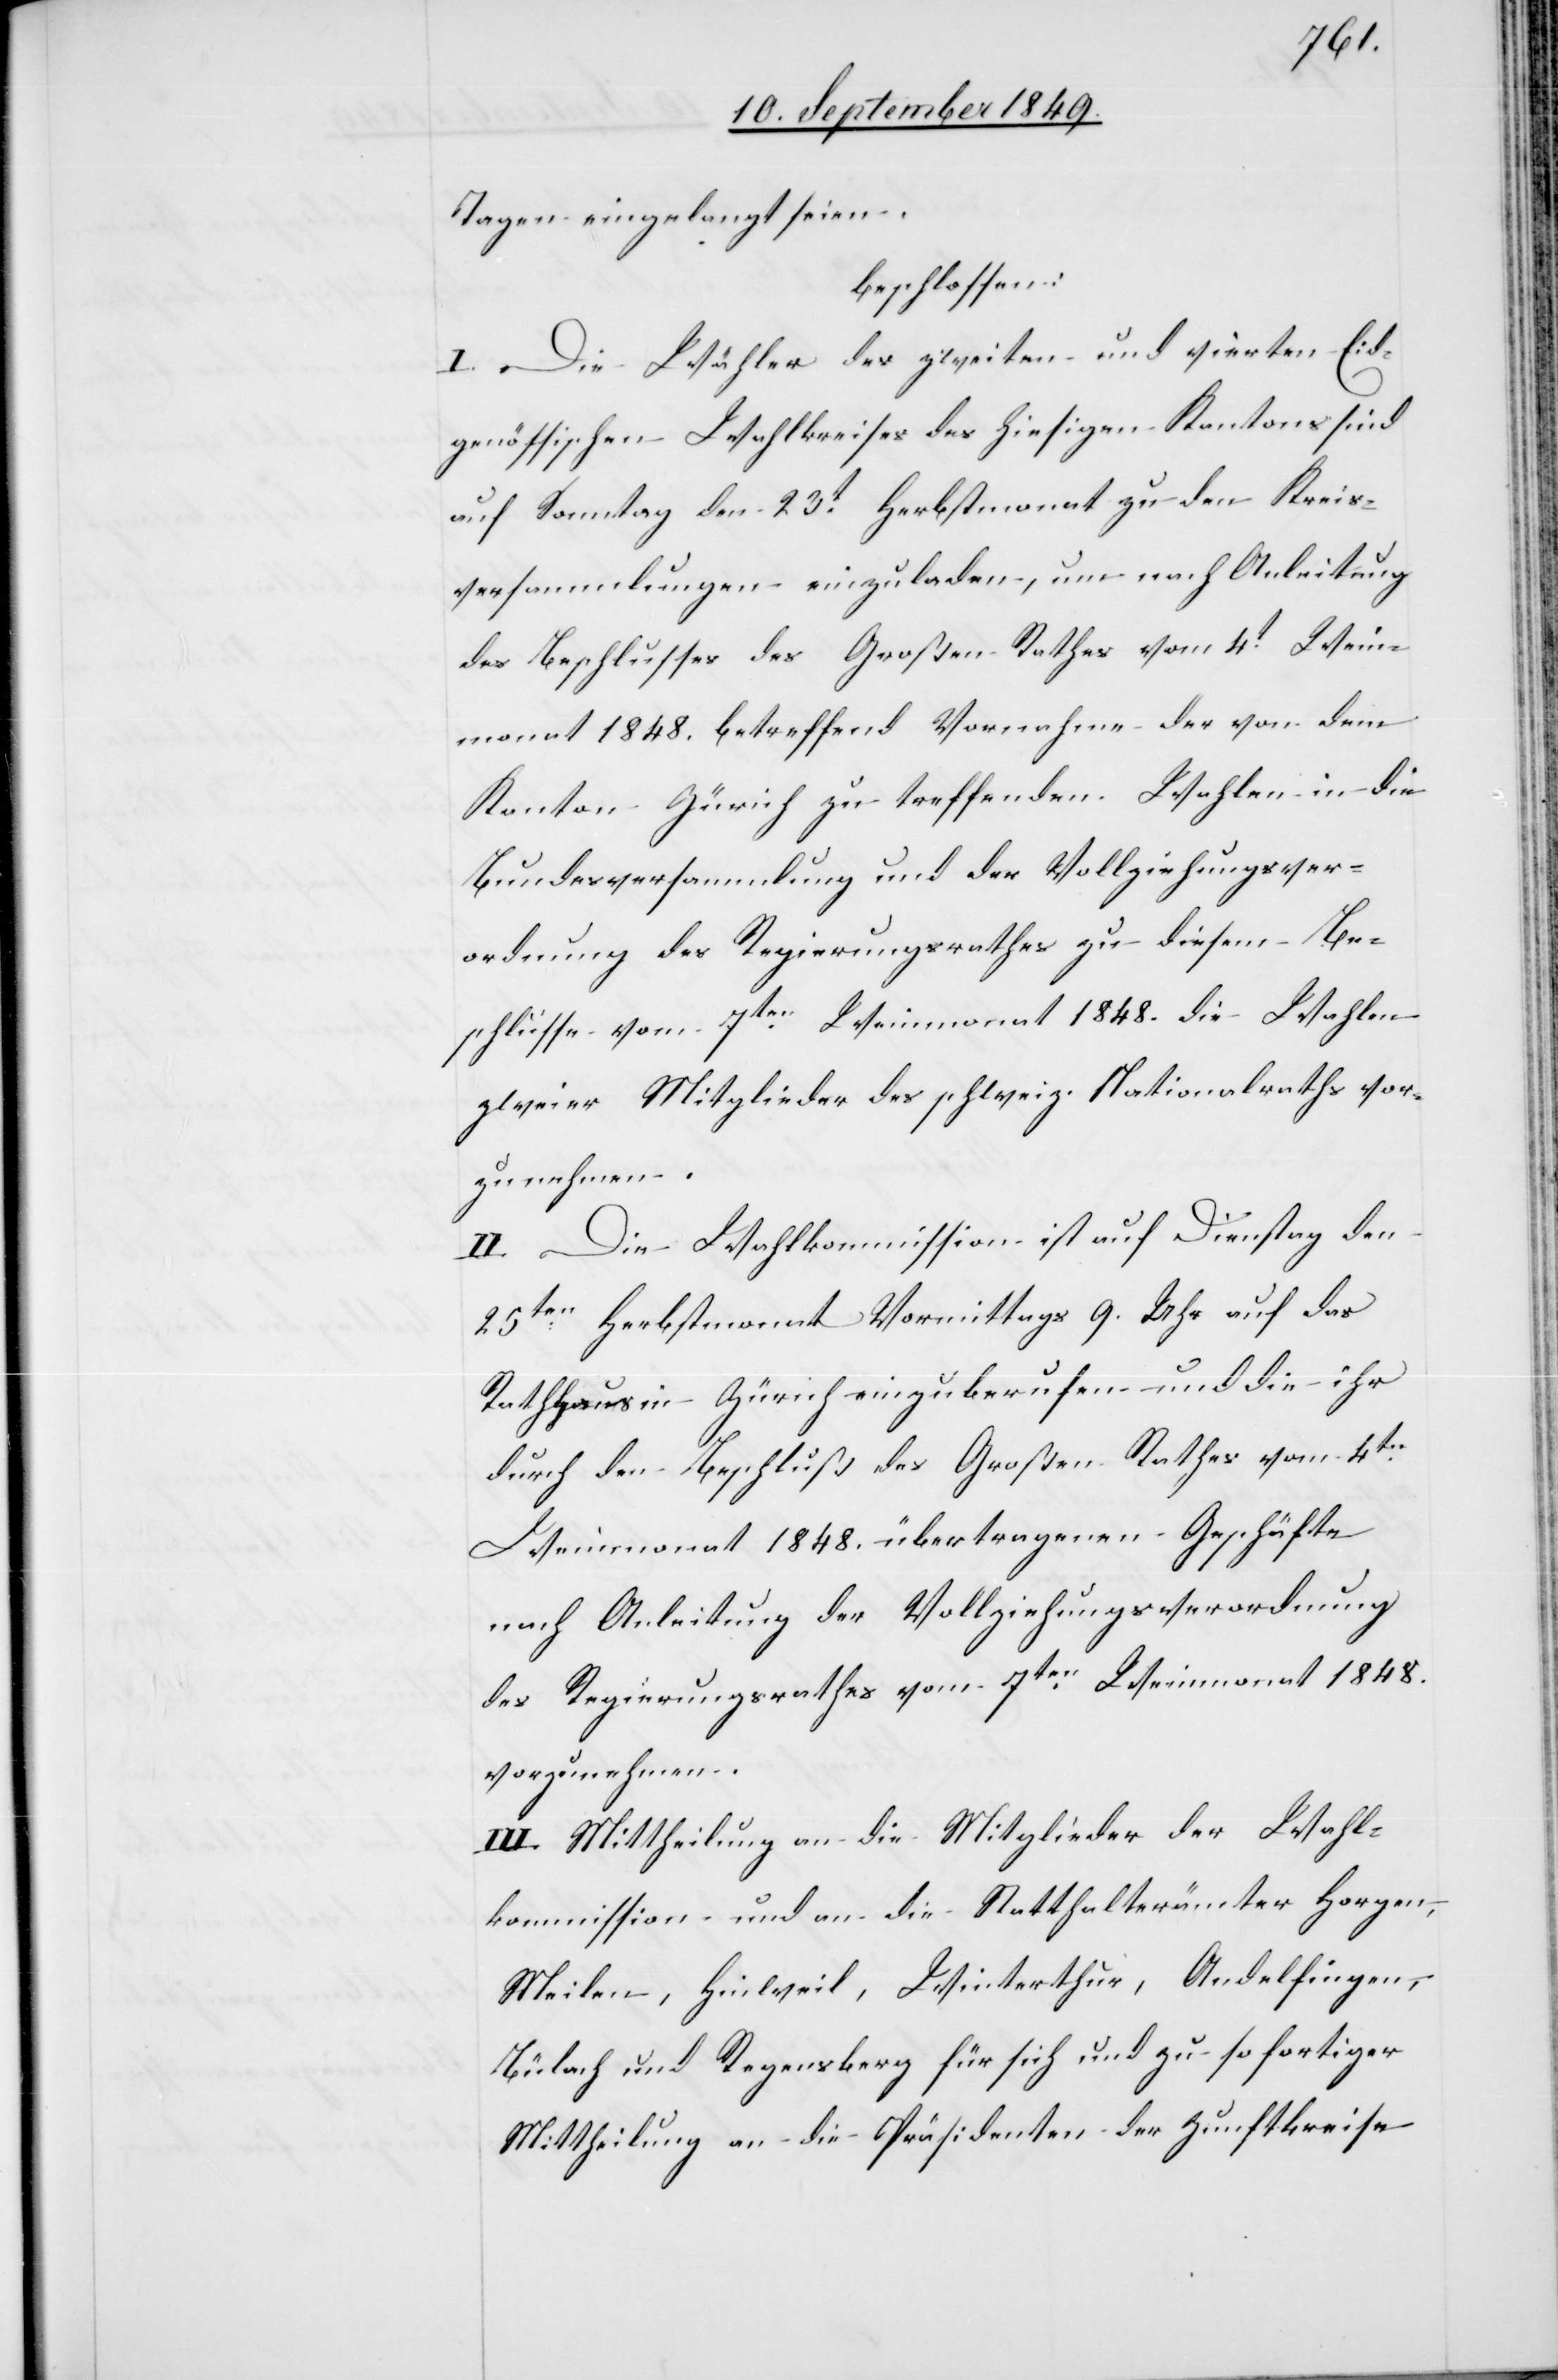
Tagen eingelangt seien.
beschlossen:
I. Die Wähler des zweiten und vierten Eid¬
genössischen Wahlkreises des hiesigen Kantons sind
auf Sonntag den 23t Herbstmonat zu den Kreis¬
versammlungen einzuladen, um nach Anleitung
des Beschlusses des Großen Rathes vom 4t Wein¬
monat 1848. betreffend Vornahme der von dem
Kanton Zürich zu treffenden Wahlen in die
Bundesversammlung und der Vollziehungsver¬
ordnung des Regierungsrathes zu diesem Be¬
schlusse vom 7ten Weinmonat 1848. die Wahlen
zweier Mitglieder des schweiz. Nationalraths vor¬
zunehmen.
II. Die Wahlkommission ist auf Dienstag den
25ten Herbstmonat Vormittags 9. Uhr auf das
Rathaus in Zürich einzuberufen und die ihr
durch den Beschluß des Großen Rathes vom 4ten
Weinmonat 1848 übertragenen Geschäfte
nach Anleitung der Vollziehungsverordnung
des Regierungsrathes vom 7ten Weinmonat 1848.
vorzunehmen.
III. Mittheilung an die Mitglieder der Wahl¬
kommission und an die Statthalterämter Horgen,
Meilen, Hinweil, Winterthur, Andelfingen,
Bülach und Regensberg für sich und zu sofortiger
Mittheilung an die Präsidenten der Zunftkreise